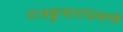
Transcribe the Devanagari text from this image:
राजकुमारांप्रमाणे